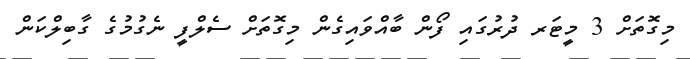
މިގޮތަށް 3 މީޓަރ ދުރުގައި ފޯން ބާއްވައިގެން މިގޮތަށް ސެލްފީ ނެގުމުގެ ގާބިލްކަން